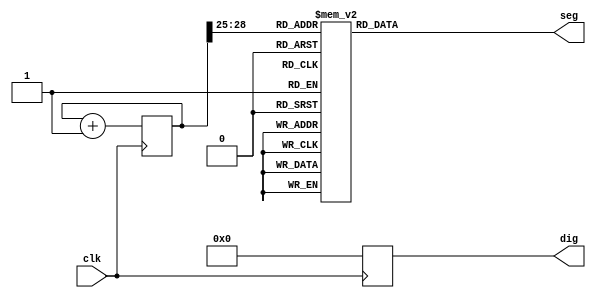
/*******************************************************************
**FPGA
**www.OurFPGA.com
**OurFPGA.taobao.com
**: OurFPGA@gmail.com
**FPGA
*************************************************************
**   2011.06.01
**     version 1.0
**    
********************************************************************/




module sled(seg,dig,clk,);
input clk;
output [7:0] seg; //
output [7:0] dig; //
reg [7:0] seg; //
reg [7:0] dig; //
reg [3:0] disp_dat; //
reg [36:0] count; //
always @ (posedge clk )
begin 
 count = count + 1'b1;
 dig= 8'b00000000;//
end
always @ (count[24])
begin
disp_dat = {count[28:25]};
end
always @ (disp_dat)
begin case (disp_dat)
4'h0 : seg = 8'hc0; //"0"
4'h1 : seg = 8'hf9; //"1"
4'h2 : seg = 8'ha4; //"2"
4'h3 : seg = 8'hb0; //"3"
4'h4 : seg = 8'h99; //"4"
4'h5 : seg = 8'h92; //"5"
4'h6 : seg = 8'h82; //"6"
4'h7 : seg = 8'hf8; //"7"
4'h8 : seg = 8'h80; //"8"
4'h9 : seg = 8'h90; //"9"
4'ha : seg = 8'h88; //"a"
4'hb : seg = 8'h83; //"b"
4'hc : seg = 8'hc6; //"c"
4'hd : seg = 8'ha1; //"d"
4'he : seg = 8'h86; //"e"
4'hf : seg = 8'h8e; //"f"
endcase
end
endmodule